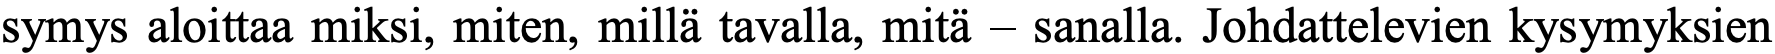
symys aloittaa miksi, miten, millä tavalla, mitä – sanalla. Johdattelevien kysymyksien